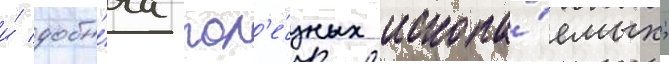
и́ добы́ча пол'е́зных ископа́емых;